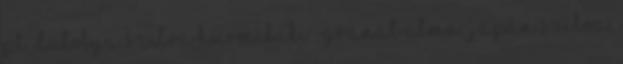
pl. datolya szilva hurmikaki , gránát alma, japán szilva,